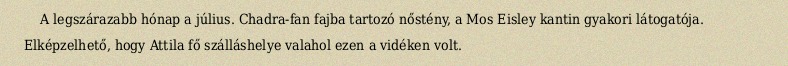
A legszárazabb hónap a július. Chadra-fan fajba tartozó nőstény, a Mos Eisley kantin gyakori látogatója. Elképzelhető, hogy Attila fő szálláshelye valahol ezen a vidéken volt.